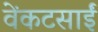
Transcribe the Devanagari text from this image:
वेंकटसाईं